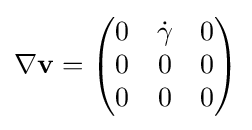
\nabla \mathbf {v} ={\begin{pmatrix}0&{\dot {\gamma }}&0\\0&0&0\\0&0&0\end{pmatrix}}